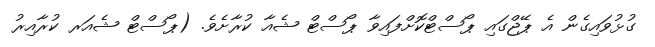
ގުޅުވައިގެން އެ ޕޭޖްގައި ޕޯސްޓްކޮށްފައިވާ ޕޯސްޓް ޝެއާ ކުރާށެވެ. (ޕޯސްޓް ޝެއަރ ކުރާއިރު